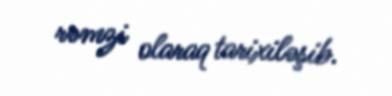
rəmzi olaraq tarixiləşib.